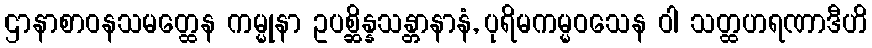
ဌာနာစာဝနသမတ္ထေန ကမ္မုနာ ဥပစ္ဆိန္နသန္တာနာနံ, ပုရိမကမ္မဝသေန ဝါ သတ္ထဟရဏာဒီဟိ